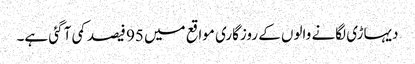
دیہاڑی لگانے والوں کے روزگاری مواقع میں 95 فیصد کمی آ گئی ہے۔